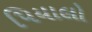
પિયાલો